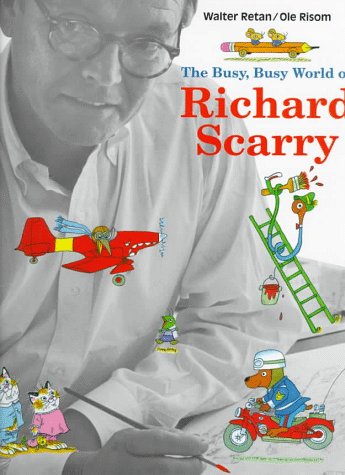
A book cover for The Busy, Busy World of Richard Scarry; Walter Retan; Teen & Young Adult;